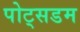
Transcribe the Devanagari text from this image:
पोट्सडम